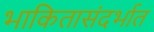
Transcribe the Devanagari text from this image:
भाकितासंदर्भात